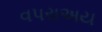
વપરાઅય